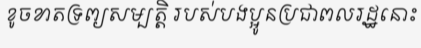
ខូចខាតទ្រព្យសម្បត្តិ របស់បងប្អូនប្រជាពលរដ្ឋនោះ